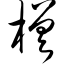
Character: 槎